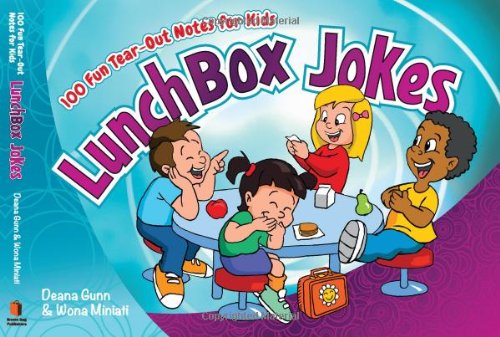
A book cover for Lunchbox Jokes: 100 Fun Tear-Out Notes for Kids; Deana Gunn; Humor & Entertainment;